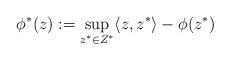
LaTeX: \begin{align*}\phi^*(z) := \sup_{z^* \in Z^*} \langle z,z^* \rangle - \phi(z^*)\end{align*}